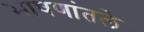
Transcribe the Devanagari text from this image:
भाषणांतले